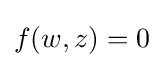
f(w,z)=0